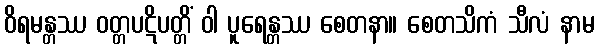
ဝိရမန္တဿ ဝတ္တပဋိပတ္တိံ ဝါ ပူရေန္တဿ စေတနာ။ စေတသိကံ သီလံ နာမ